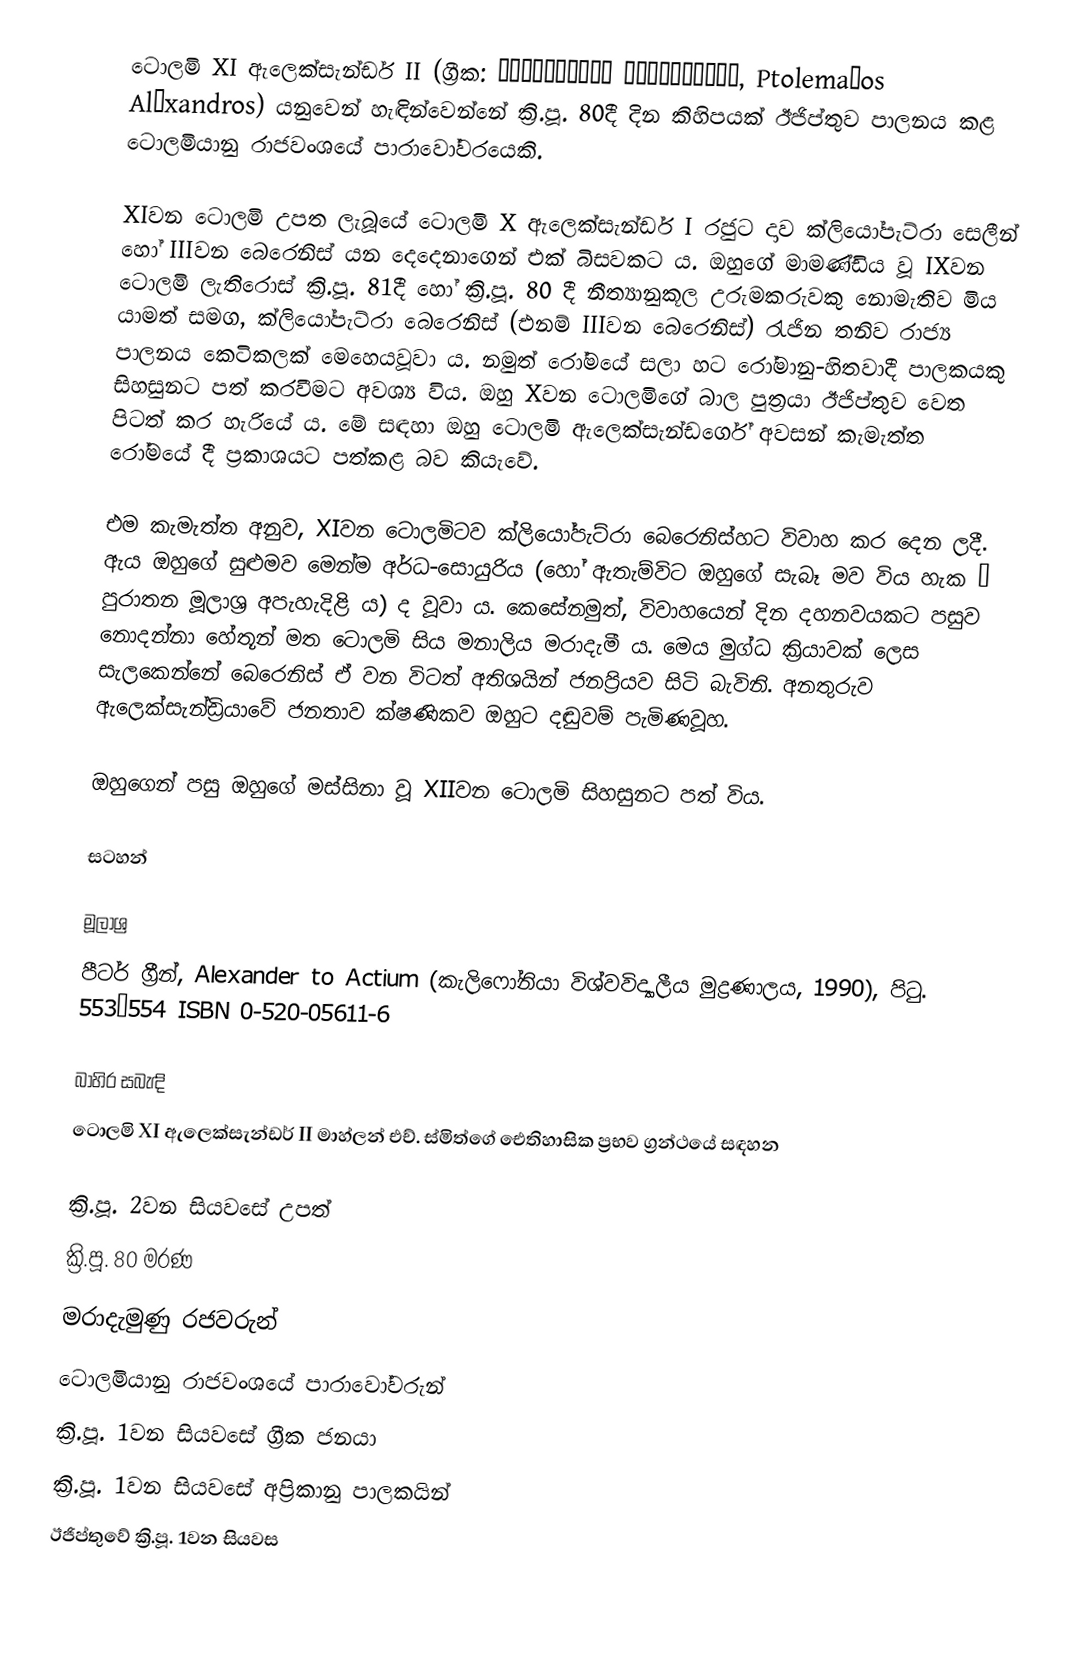
ටොලමි XI ඇලෙක්සැන්ඩර් II (ග්‍රීක: Πτολεμαῖος Ἀλέξανδρος, Ptolemaĩos Aléxandros) යනුවෙන් හැඳින්වෙන්නේ ක්‍රි.පූ. 80දී දින කිහිපයක් ඊජිප්තුව පාලනය කළ ටොලමියානු රාජවංශයේ පාරාවෝවරයෙකි‍.

XIවන ටොලමි උපත ලැබූයේ ටොලමි X ඇලෙක්සැන්ඩර් I රජුට දාව ක්ලියෝපැට්රා සෙලීන් හෝ IIIවන බෙරෙනිස් යන දෙදෙනාගෙන් එක් බිසවකට ය. ඔහුගේ මාමණ්ඩිය වූ IXවන ටොලමි ලැතිරොස් ක්‍රි.පූ. 81දී හෝ ක්‍රි.පූ. 80 දී නීත්‍යානුකූල උරුමකරුවකු නොමැතිව මිය යාමත් සමග, ක්ලියෝපැට්රා බෙරෙනිස් (එනම් IIIවන බෙරෙනිස්) රැජින තනිව රාජ්‍ය පාලනය කෙටිකලක් මෙහෙයවූවා ය. නමුත් රෝමයේ සලා හට රෝමානු-හිතවාදී පාලකයකු සිහසුනට පත් කරවීමට අවශ්‍ය විය. ඔහු Xවන ටොලමිගේ බාල පුත්‍රයා ඊජිප්තුව වෙත පිටත් කර හැරියේ ය. මේ සඳහා ඔහු ටොලමි ඇලෙක්සැන්ඩර්ගේ අවසන් කැමැත්ත රෝමයේ දී ප්‍රකාශයට පත්කළ බව කියැවේ.

එම කැමැත්ත අනුව, XIවන ටොලමිටව ක්ලියෝපැට්රා බෙරෙනිස්හට විවාහ කර දෙන ලදී. ඇය ඔහුගේ සුළුමව මෙන්ම අර්ධ-සොයුරිය (හෝ ඇතැම්විට ඔහුගේ සැබෑ මව විය හැක – පුරාතන මූලාශ්‍ර අපැහැදිළි ය) ද වූවා ය. කෙසේනමුත්, විවාහයෙන් දින දහනවයකට පසුව නොදන්නා හේතූන් මත ටොලමි සිය මනාලිය මරාදැමී ය. මෙය මුග්ධ ක්‍රියාවක් ලෙස සැලකෙන්නේ බෙරෙනිස් ඒ වන විටත් අතිශයින් ජනප්‍රියව සිටි බැවිනි. අනතුරුව ඇලෙක්සැන්ඩ්‍රියාවේ ජනතාව ක්ෂණිකව ඔහුට දඬුවම් පැමිණවූහ.

ඔහුගෙන් පසු ඔහුගේ මස්සිනා වූ XIIවන ටොලමි සිහසුනට පත් විය.

සටහන්

මූලාශ්‍ර
 පීටර් ග්‍රීන්, Alexander to Actium (කැලිෆෝනියා විශ්වවිද්‍යාලීය මුද්‍රණාලය, 1990), පිටු. 553–554 ISBN 0-520-05611-6

බාහිර සබැඳි
 ටොලමි XI ඇලෙක්සැන්ඩර් II මාහ්ලන් එච්. ස්මිත්ගේ ඓතිහාසික ප්‍රභව ග්‍රන්ථයේ සඳහන

ක්‍රි.පූ. 2වන සියවසේ උපත්
ක්‍රි.පූ. 80 මරණ
මරාදැමුණු රජවරුන්
ටොලමියානු රාජවංශයේ පාරාවෝවරුන්
ක්‍රි.පූ. 1වන සියවසේ ග්‍රීක ජනයා
ක්‍රි.පූ. 1වන සියවසේ අප්‍රිකානු පාලකයින්
ඊජිප්තුවේ ක්‍රි.පූ. 1වන සියවස